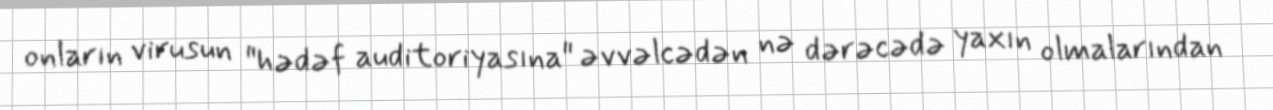
onların virusun "hədəf auditoriyasına" əvvəlcədən nə dərəcədə yaxın olmalarından